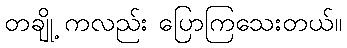
တချို့ ကလည်း ပြောကြသေးတယ်။